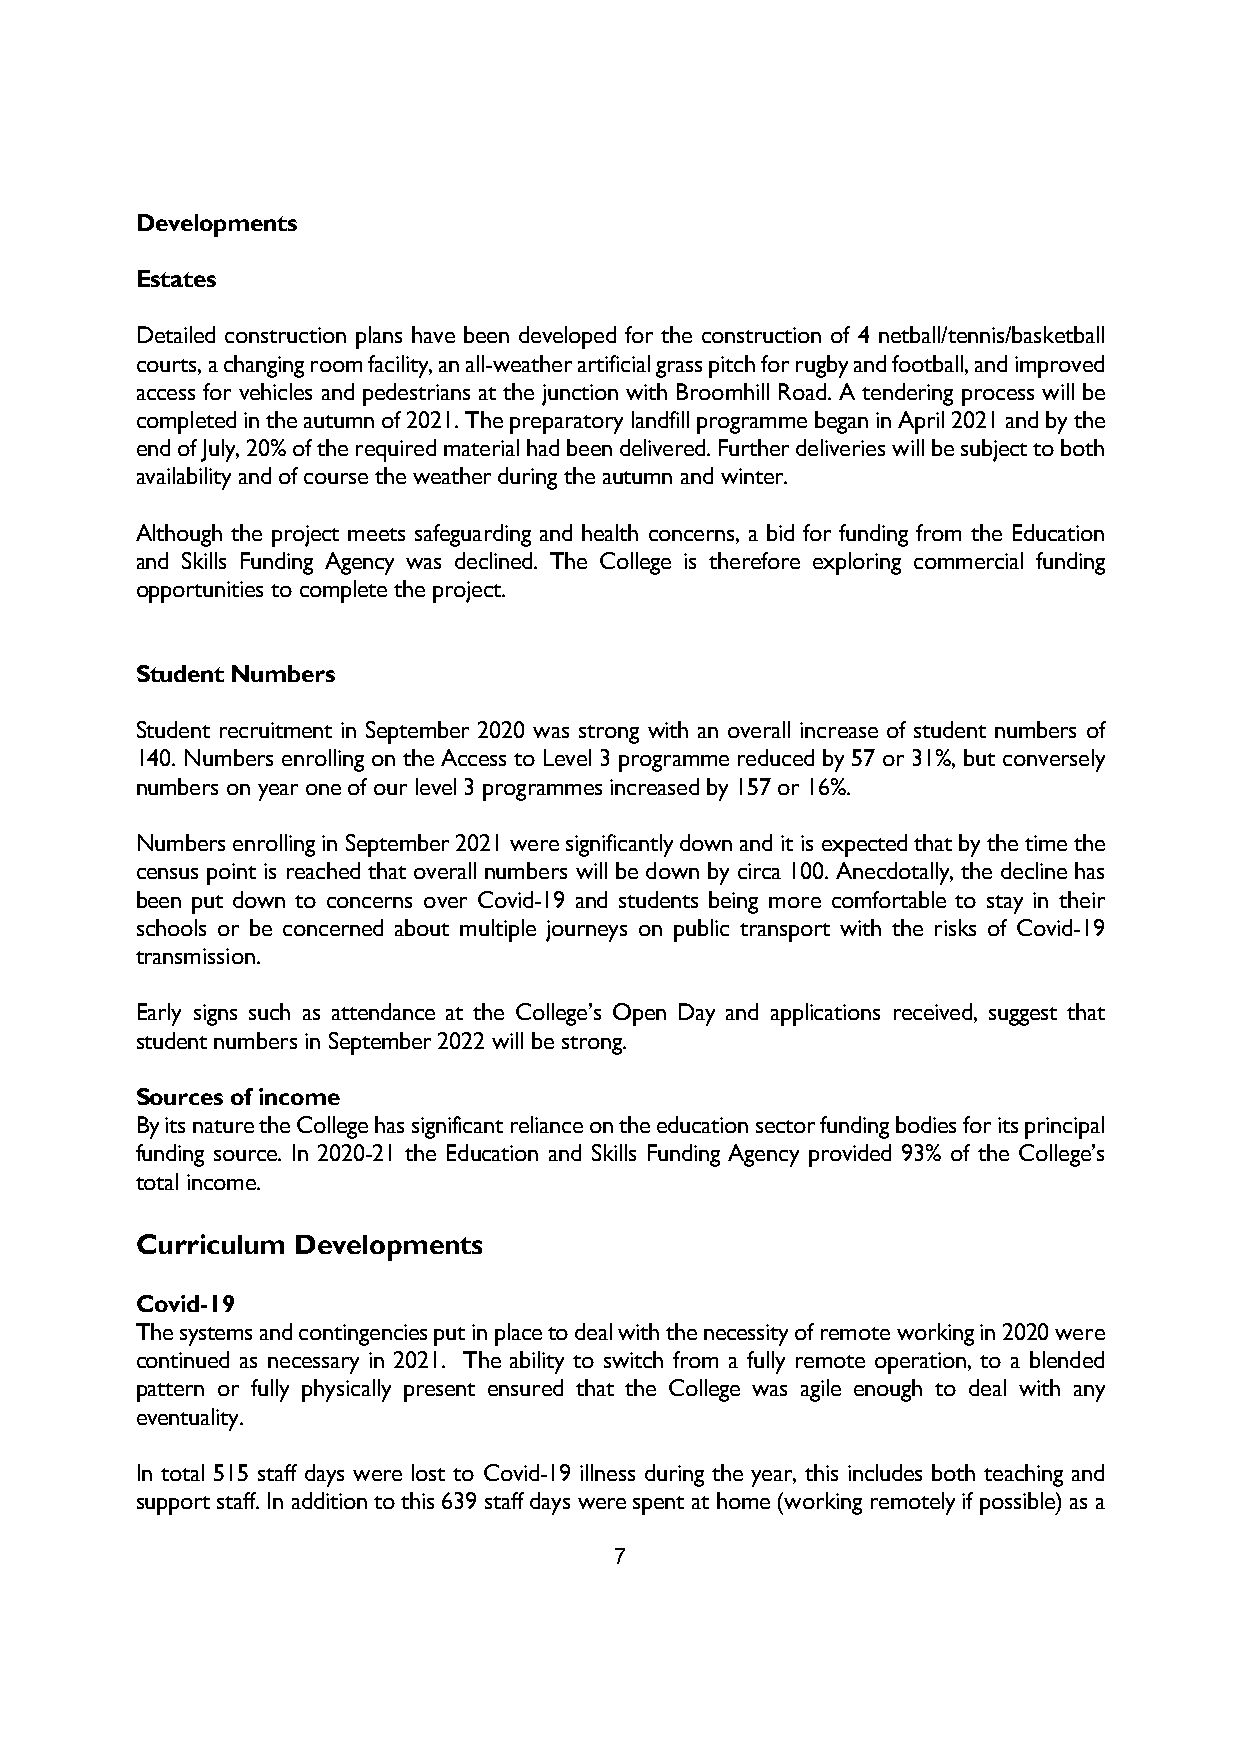
Developments
 Estates
 Detailed construction plans have been developed for the construction of 4 netball/tennis/basketball
 courts, a changing room facility, an all-weather artificial grass pitch for rugby and football, and improved
 access for vehicles and pedestrians at the junction with Broomhill Road. A tendering process will be
 completed in the autumn of 2021. The preparatory landfill programme began in April 2021 and by the
 end of July, 20% of the required material had been delivered. Further deliveries will be subject to both
 availability and of course the weather during the autumn and winter.
 Although the project meets safeguarding and health concerns, a bid for funding from the Education
 and Skills Funding Agency was declined. The College is therefore exploring commercial funding
 opportunities to complete the project.
 Student Numbers
 Student recruitment in September 2020 was strong with an overall increase of student numbers of
 140. Numbers enrolling on the Access to Level 3 programme reduced by 57 or 31%, but conversely
 numbers on year one of our level 3 programmes increased by 157 or 16%.
 Numbers enrolling in September 2021 were significantly down and it is expected that by the time the
 census point is reached that overall numbers will be down by circa 100. Anecdotally, the decline has
 been put down to concerns over Covid-19 and students being more comfortable to stay in their
 schools or be concerned about multiple journeys on public transport with the risks of Covid-19
 transmission.
 Early signs such as attendance at the College’s Open Day and applications received, suggest that
 student numbers in September 2022 will be strong.
 Sources of income
 By its nature the College has significant reliance on the education sector funding bodies for its principal
 funding source. In 2020-21 the Education and Skills Funding Agency provided 93% of the College’s
 total income.
 Curriculum Developments
 Covid-19
 The systems and contingencies put in place to deal with the necessity of remote working in 2020 were
 continued as necessary in 2021. The ability to switch from a fully remote operation, to a blended
 pattern or fully physically present ensured that the College was agile enough to deal with any
 eventuality.
 In total 515 staff days were lost to Covid-19 illness during the year, this includes both teaching and
 support staff. In addition to this 639 staff days were spent at home (working remotely if possible) as a
 7